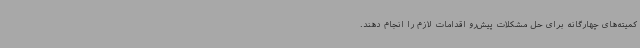
کمیته‌های چهارگانه برای حل مشکلات پیش‌رو اقدامات لازم را انجام دهند.